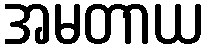
အမတာယ